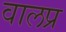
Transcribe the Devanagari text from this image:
वालप्र